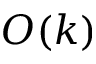
O ( k )